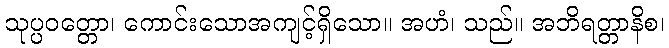
သုပ္ပဝတ္တော၊ ကောင်းသောအကျင့်ရှိသော။ အဟံ၊ သည်။ အဘိရတ္တာနိစ၊